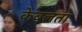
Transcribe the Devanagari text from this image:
केवलता